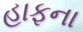
હાફના